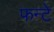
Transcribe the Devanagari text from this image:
फन्टे